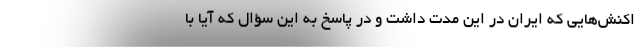
اکنش‌هایی که ایران در این مدت داشت و در پاسخ به این سؤال که آیا با